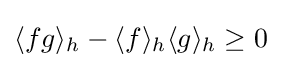
\langle fg\rangle _{h}-\langle f\rangle _{h}\langle g\rangle _{h}\geq 0